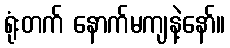
ရုံးတက် နောက်မကျနဲ့နော်။